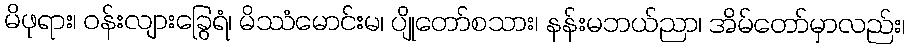
မိဖုရား၊ ဝန်းလျားခြွေရံ၊ မိဿံမောင်းမ၊ ပျိုတော်စသား၊ နန်းမဘယ်ညာ၊ အိမ်တော်မှာလည်း၊